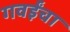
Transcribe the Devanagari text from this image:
गवईंचा